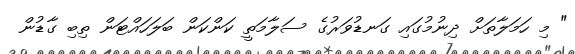
" މި ހަމަލާތަށް ދިނުމުގައި ގަނޑުވަރުގެ ސަލާމަތީ ކަންކަން ބަލަހައްޓަން ތިބި ގާޑުން